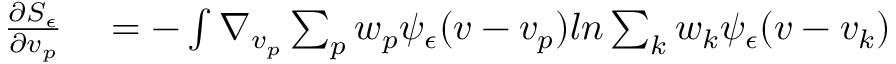
\begin{array} { r l r l } { \frac { \partial S _ { \epsilon } } { \partial v _ { p } } } & { { } = - \int \nabla _ { v _ { p } } \sum _ { p } w _ { p } \psi _ { \epsilon } ( v - v _ { p } ) l n \sum _ { k } w _ { k } \psi _ { \epsilon } ( v - v _ { k } ) } & { } & { { } } \end{array}